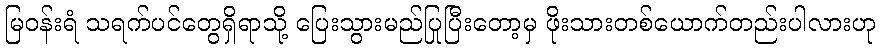
မြဝန်းရံ သရက်ပင်တွေရှိရာသို့ ပြေးသွားမည်ပြုပြီးတော့မှ ဖိုးသားတစ်ယောက်တည်းပါလားဟု